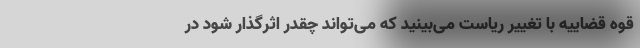
قوه قضاییه با تغییر ریاست می‌بینید که می‌تواند چقدر اثرگذار شود در